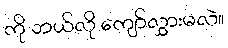
ကို ဘယ်လို ကျော်လွှားမလဲ။